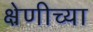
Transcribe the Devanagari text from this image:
क्ष्रेणीच्या